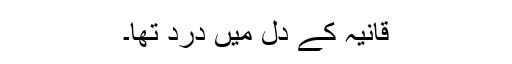
قانیہ کے دل میں درد تھا۔